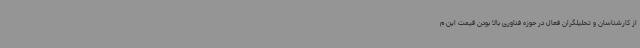
از کارشناسان و تحلیلگران فعال در حوزه فناوری بالا بودن قیمت این م